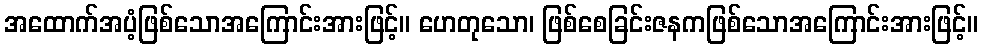
အထောက်အပံ့ဖြစ်သောအကြောင်းအားဖြင့်။ ဟေတုသော၊ ဖြစ်စေခြင်းဇနကဖြစ်သောအကြောင်းအားဖြင့်။